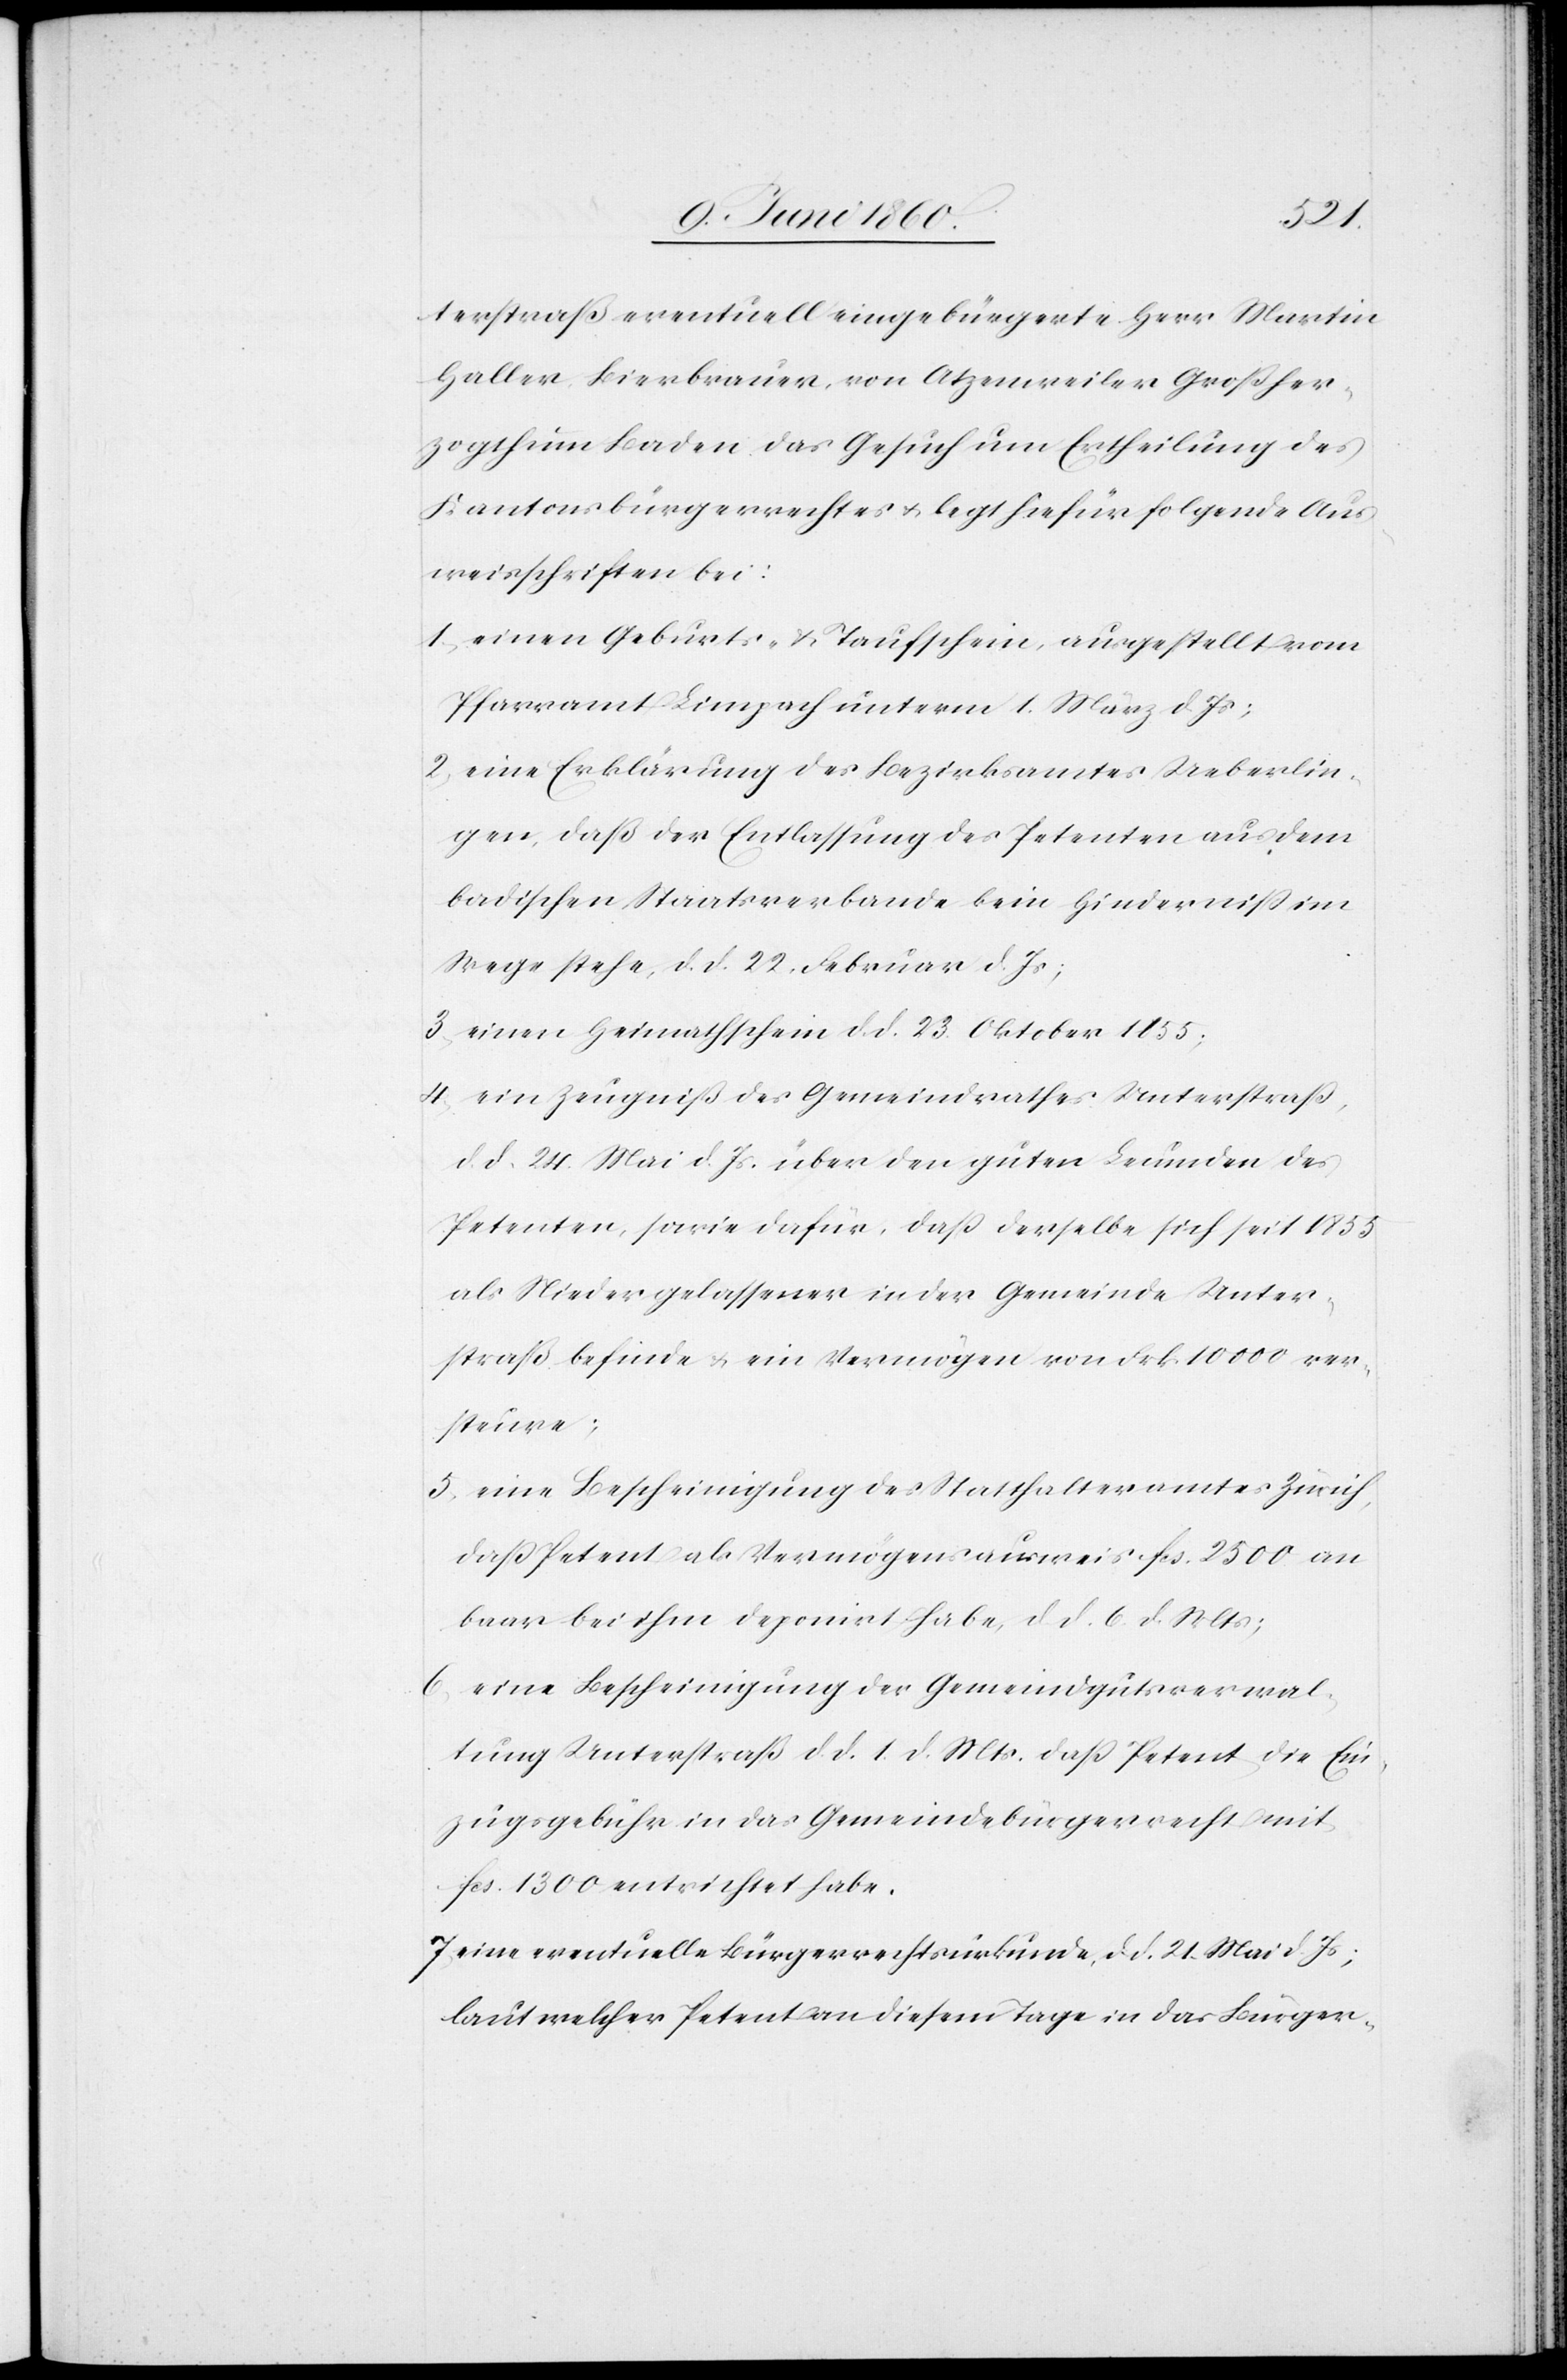
terstraß eventuell eingebürgerte Herr Martin
Haller Bierbrauer, von Atzenweiler Großher¬
zogthum Baden das Gesuch um Ertheilung des
Kantonsbürgerrechtes u. legt hiefür folgende Aus¬
weisschriften bei:
1. einen Geburts- u. Taufschein, ausgestellt vom
Pfarramt Limpach unterm 1. März d. Js;
2. eine Erklärung des Bezirksamtes Ueberlin¬
gen, daß der Entlassung des Petenten aus dem
badischen Staatsverbande kein Hinderniss im
Wege stehe, d. d. 22. Februar d. Js;
3. einen Heimathschein d. d. 23. Oktober 1855;
4. ein Zeugniß des Gemeindrathes Unterstrass,
d. d. 24. Mai d. Js. über den guten Leumden des
Petenten, sowie dafür, dass derselbe sich seit 1855
als Niedergelassener in der Gemeinde Unter¬
straß befinde u. ein Vermögen von Frk. 10 000 ver¬
steure;
5. eine Bescheinigung des Statthalteramtes Zürich,
dass Petent als Vermögensausweis fcs. 2500 an
baar bei ihm deponiert habe, d. d. 6. d. Mts;
6. eine Bescheinigung der Gemeindgutsverwal¬
tung Untertraß d. d. 1. d. Mts. dass Petent die Ein¬
zugsgebühr in das Gemeindebürgerrecht mit
fcs. 1300 entrichtet habe.
7. eine eventuelle Bürgerrechtsurkunde, d. d. 21. Mai d. Js,
laut welcher Petent an diesem Tage in das Bürger-